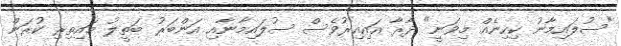
"ސުލައިމާނު ކިހިނެއް މިވަނީ" ދާރާ އައިއިރުވެސް ސުލައިމާނާއި އަންބަރު ބަތީލު މައިތިރި ކުރަން